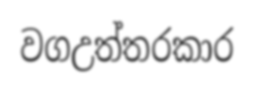
වගඋත්තරකාර